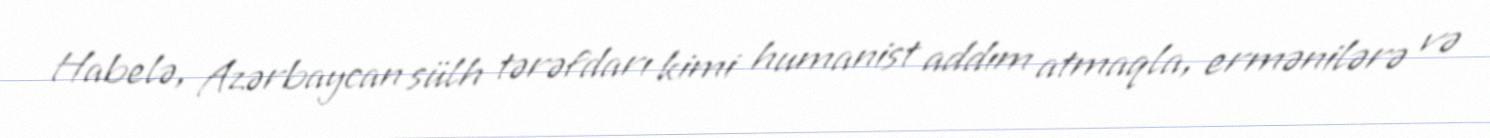
Habelə, Azərbaycan sülh tərəfdarı kimi humanist addım atmaqla, ermənilərə və